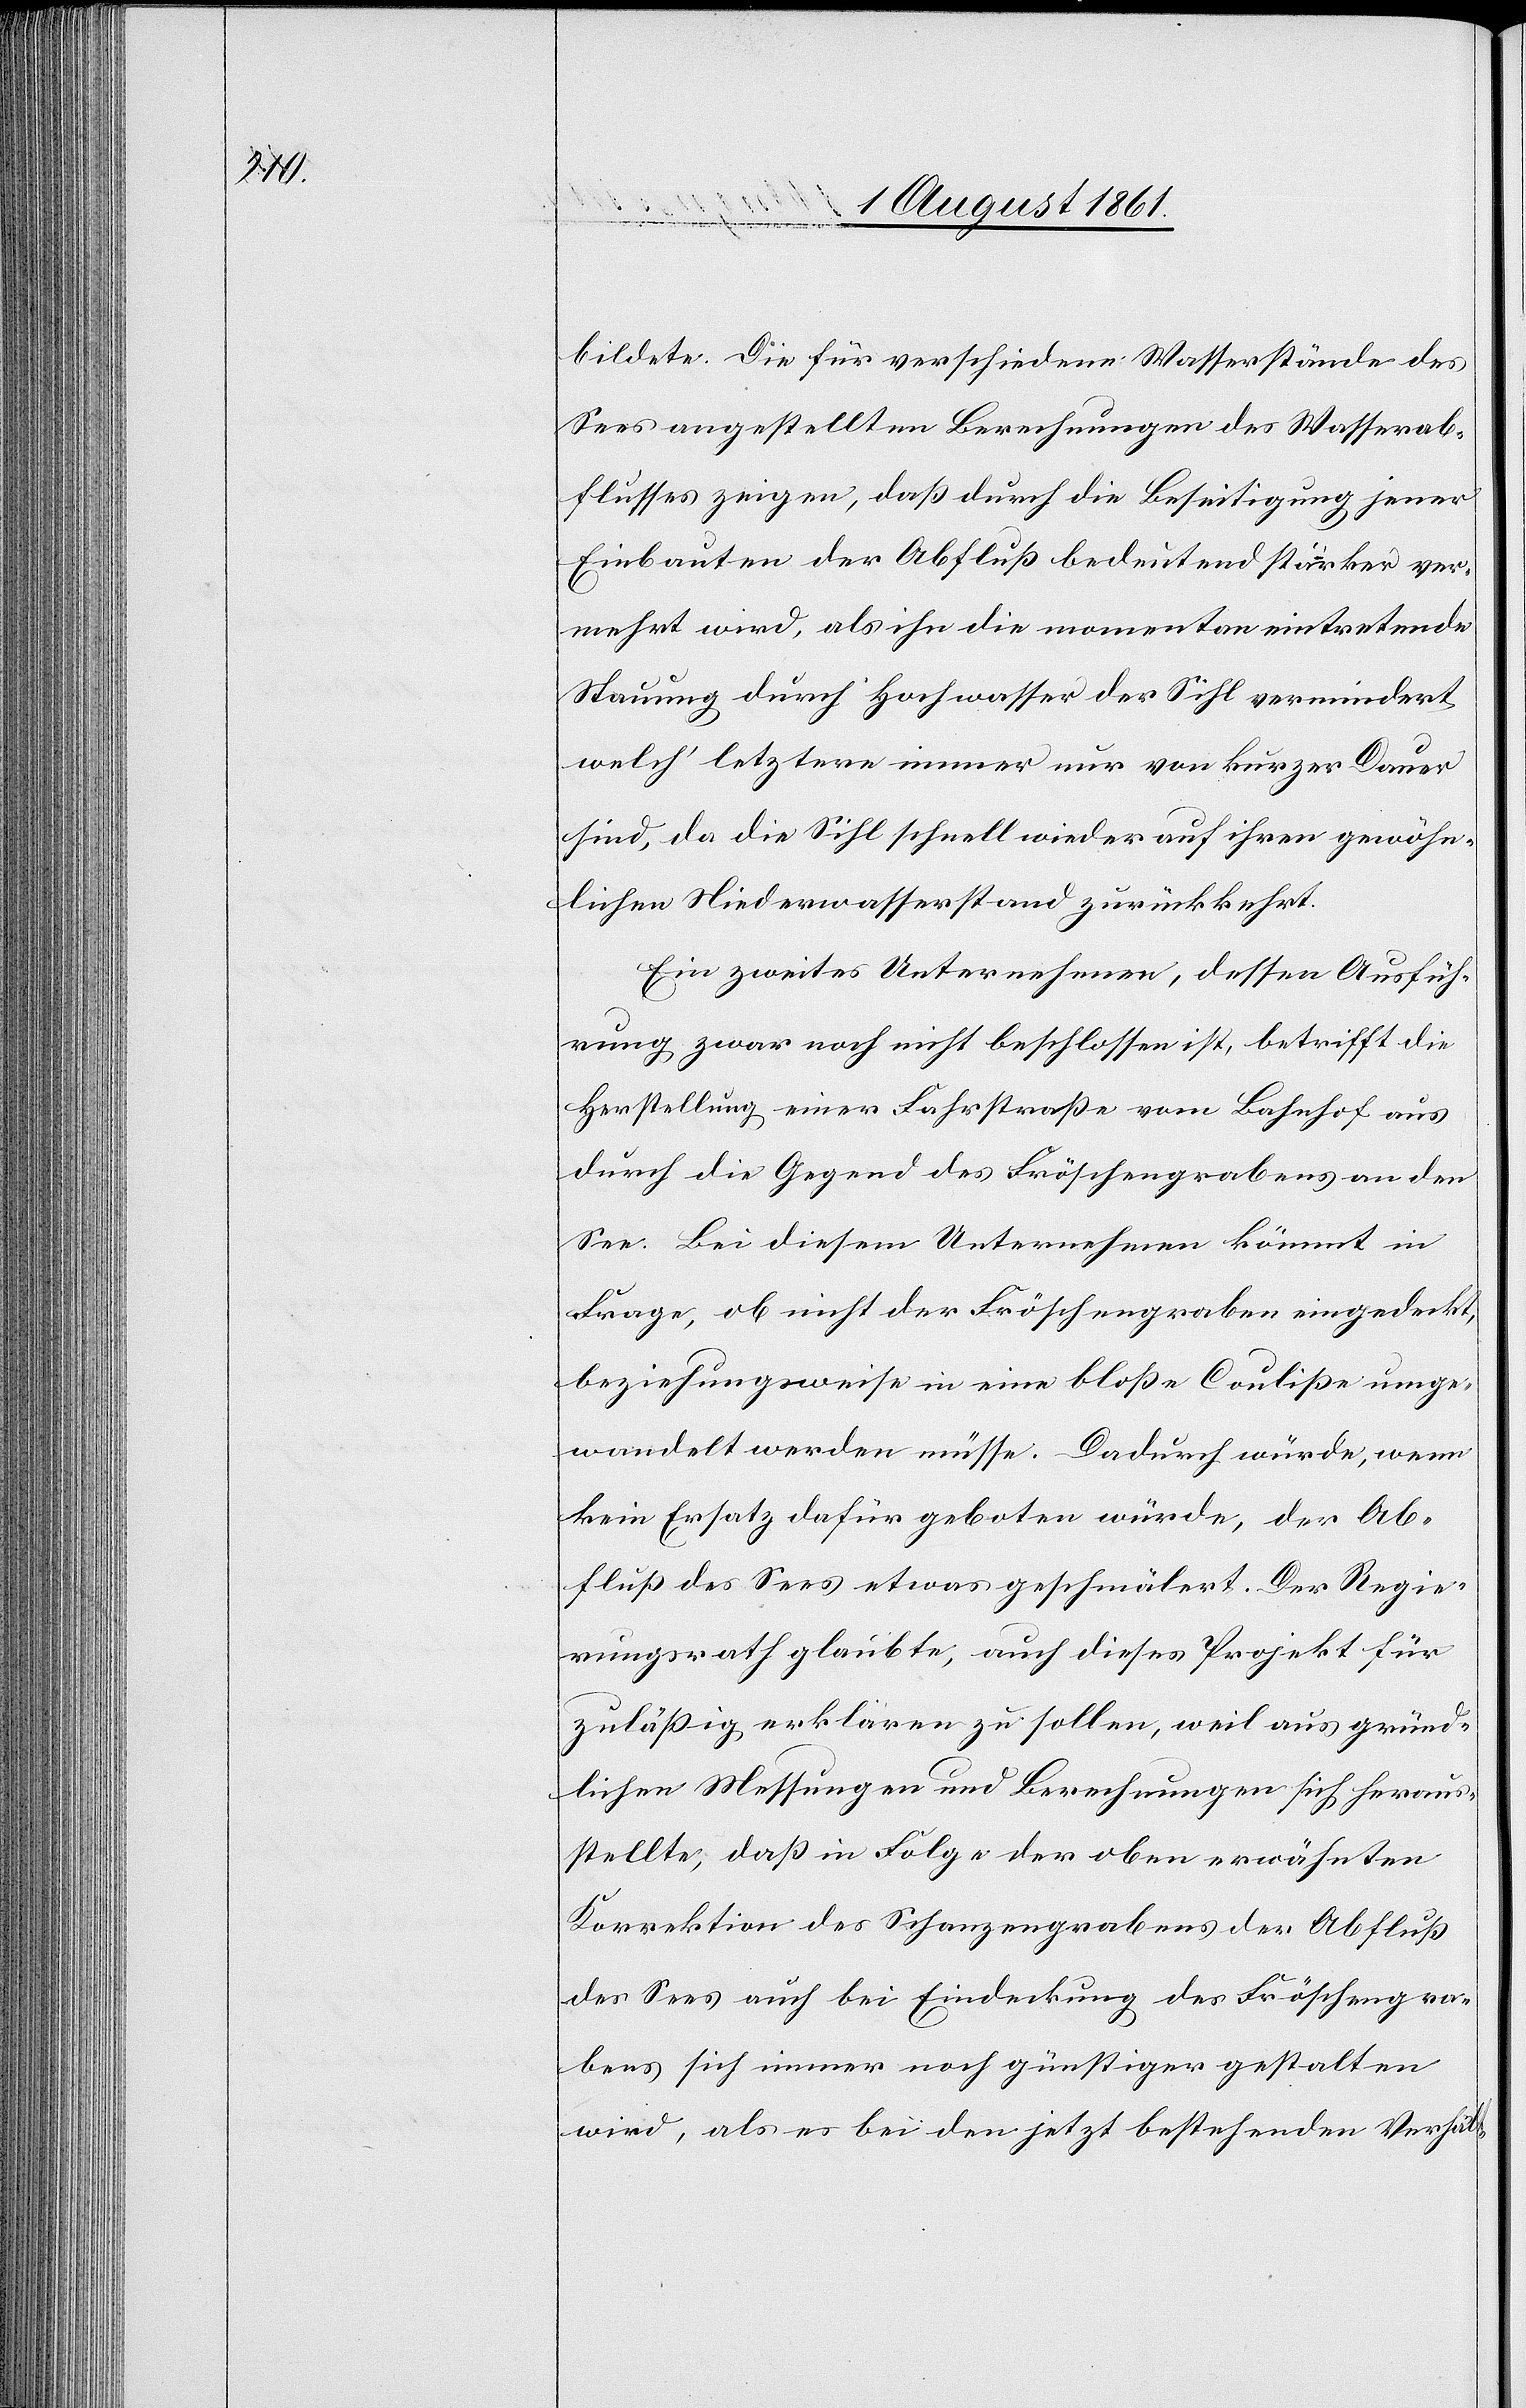
bildete. Die für verschiedene Wasserstände des
Sees angestellten Berechnungen des Wasserab¬
flusses zeigen, daß durch die Beseitigung jener
Einbauten der Abfluß bedeutend stärker ver¬
mehrt wird, als ihn die momentan eintretende
Stauung durch Hochwasser der Sihl vermindert
welch’ letztere immer nur von kurzer Dauer
sind, da die Sihl schnell wieder auf ihren gewöhn¬
lichen Niederwasserstand zurückkehrt.
Ein zweites Unternehmen, dessen Ausfüh¬
rung zwar noch nicht beschlossen ist, betrifft die
Herstellung einer Fahrstraße vom Bahnhof aus
durch die Gegend des Fröschengrabens an den
See. Bei diesem Unternehmen kömmt in
Frage, ob nicht der Fröschengraben eingedeckt,
beziehungsweise in eine bloße Couliße umge¬
wandelt werden müsse. Dadurch würde, wenn
kein Ersatz dafür geboten würde, der Ab¬
fluß des Sees etwas geschmälert. Der Regie¬
rungsrath glaubte, auch dieses Projekt für
zuläßig erklären zu sollen, weil aus gründ¬
lichen Messungen und Berechnungen sich heraus¬
stellte, daß in Folge der oben erwähnten
Korrektion des Schanzengrabens der Abfluß
des Sees auch die Eindeckung des Fröschengra¬
bens sich immer noch günstiger gestalten
wird, als es bei den jetzt bestehenden Verhält-